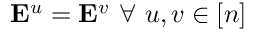
\mathbf { E } ^ { u } = \mathbf { E } ^ { v } ~ \forall ~ u , v \in [ n ]